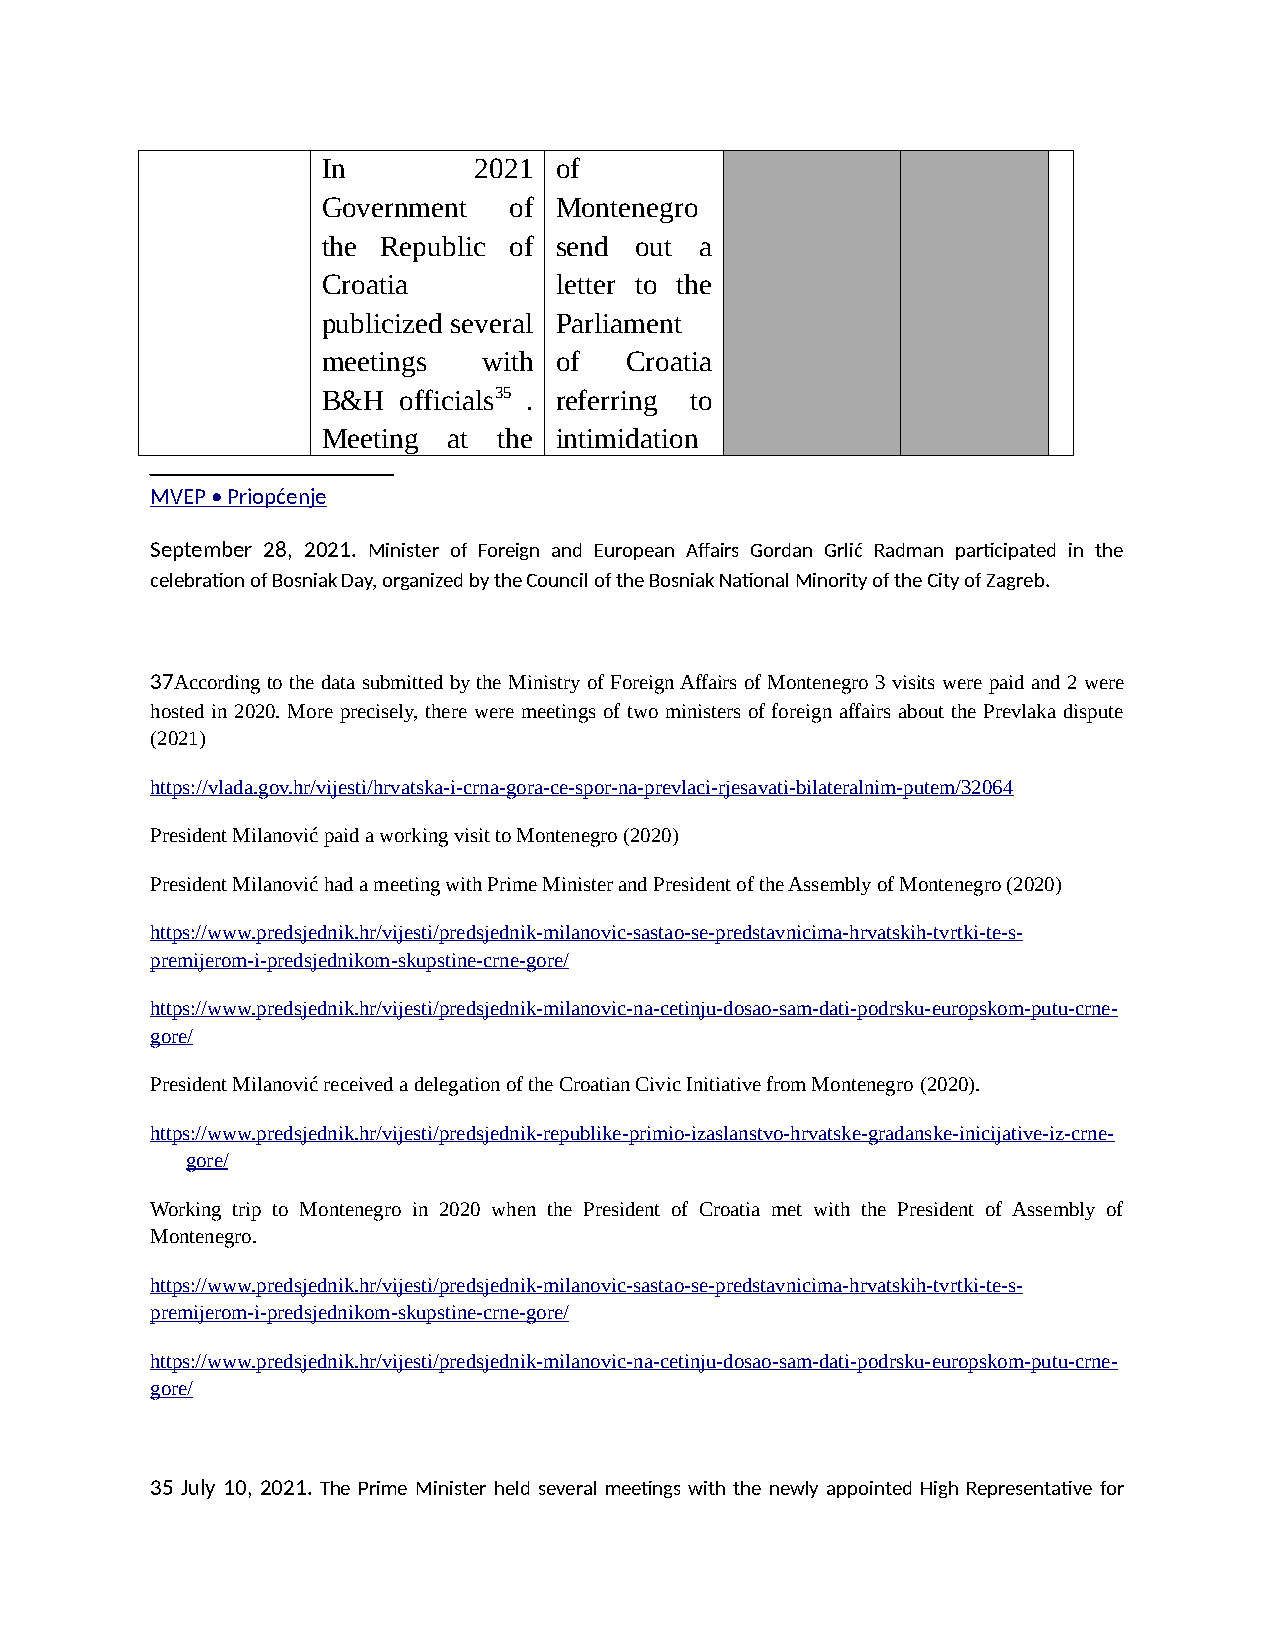
In        2021  of
 Government   of Montenegro
 the Republic of send out a
 Croatia         letter to the
 publicized several Parliament
 meetings   with of  Croatia
 B&H  officials35 . referring to
 Meeting  at the intimidation
 MVEP • Priopćenje
 September 28, 2021. Minister of Foreign and European Affairs Gordan Grlić Radman participated in the
 celebration of Bosniak Day, organized by the Council of the Bosniak National Minority of the City of Zagreb.
 37According to the data submitted by the Ministry of Foreign Affairs of Montenegro 3 visits were paid and 2 were
 hosted in 2020. More precisely, there were meetings of two ministers of foreign affairs about the Prevlaka dispute
 (2021)
 https://vlada.gov.hr/vijesti/hrvatska-i-crna-gora-ce-spor-na-prevlaci-rjesavati-bilateralnim-putem/32064
 President Milanović paid a working visit to Montenegro (2020)
 President Milanović had a meeting with Prime Minister and President of the Assembly of Montenegro (2020)
 https://www.predsjednik.hr/vijesti/predsjednik-milanovic-sastao-se-predstavnicima-hrvatskih-tvrtki-te-s-
 premijerom-i-predsjednikom-skupstine-crne-gore/
 https://www.predsjednik.hr/vijesti/predsjednik-milanovic-na-cetinju-dosao-sam-dati-podrsku-europskom-putu-crne-
 gore/
 President Milanović received a delegation of the Croatian Civic Initiative from Montenegro (2020).
 https://www.predsjednik.hr/vijesti/predsjednik-republike-primio-izaslanstvo-hrvatske-gradanske-inicijative-iz-crne-
 gore/
 Working trip to Montenegro in 2020 when the President of Croatia met with the President of Assembly of
 Montenegro.
 https://www.predsjednik.hr/vijesti/predsjednik-milanovic-sastao-se-predstavnicima-hrvatskih-tvrtki-te-s-
 premijerom-i-predsjednikom-skupstine-crne-gore/
 https://www.predsjednik.hr/vijesti/predsjednik-milanovic-na-cetinju-dosao-sam-dati-podrsku-europskom-putu-crne-
 gore/
 35 July 10, 2021. The Prime Minister held several meetings with the newly appointed High Representative for